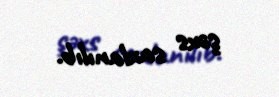
şəxs saxlanılıb.